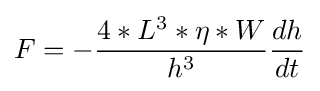
F=-{\frac {4*L^{3}*\eta *W}{h^{3}}}{dh \over dt}